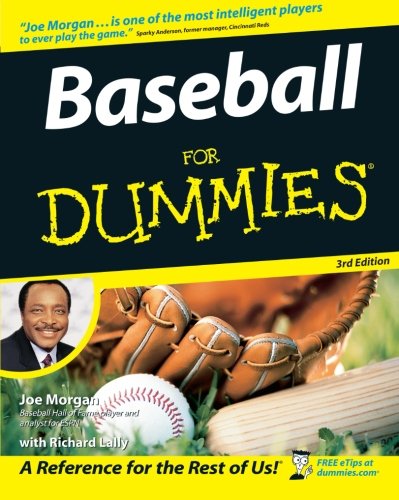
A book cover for Baseball For Dummies; Joe Morgan; Sports & Outdoors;